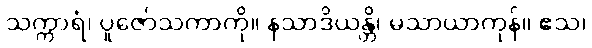
သက္ကာရံ၊ ပူဇော်သကာကို။ နသာဒိယန္တိ၊ မသာယာကုန်။ ဧသ၊